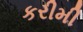
કરીમી